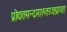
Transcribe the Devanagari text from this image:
प्रोद्यतमन्दमारुतरजःप्राप्ता